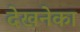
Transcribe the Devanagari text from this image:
देखनेका